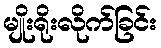
မျိုးရိုးလိုက်ခြင်း